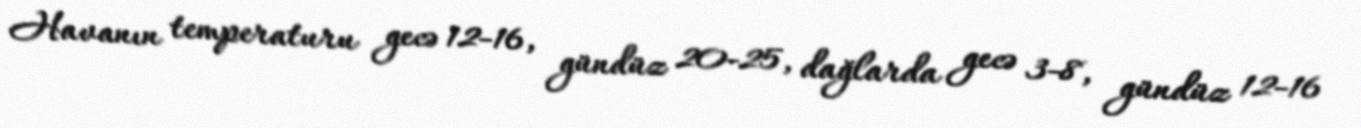
Havanın temperaturu gecə 12-16, gündüz 20-25, dağlarda gecə 3-8, gündüz 12-16